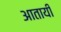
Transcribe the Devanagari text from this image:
आतायी